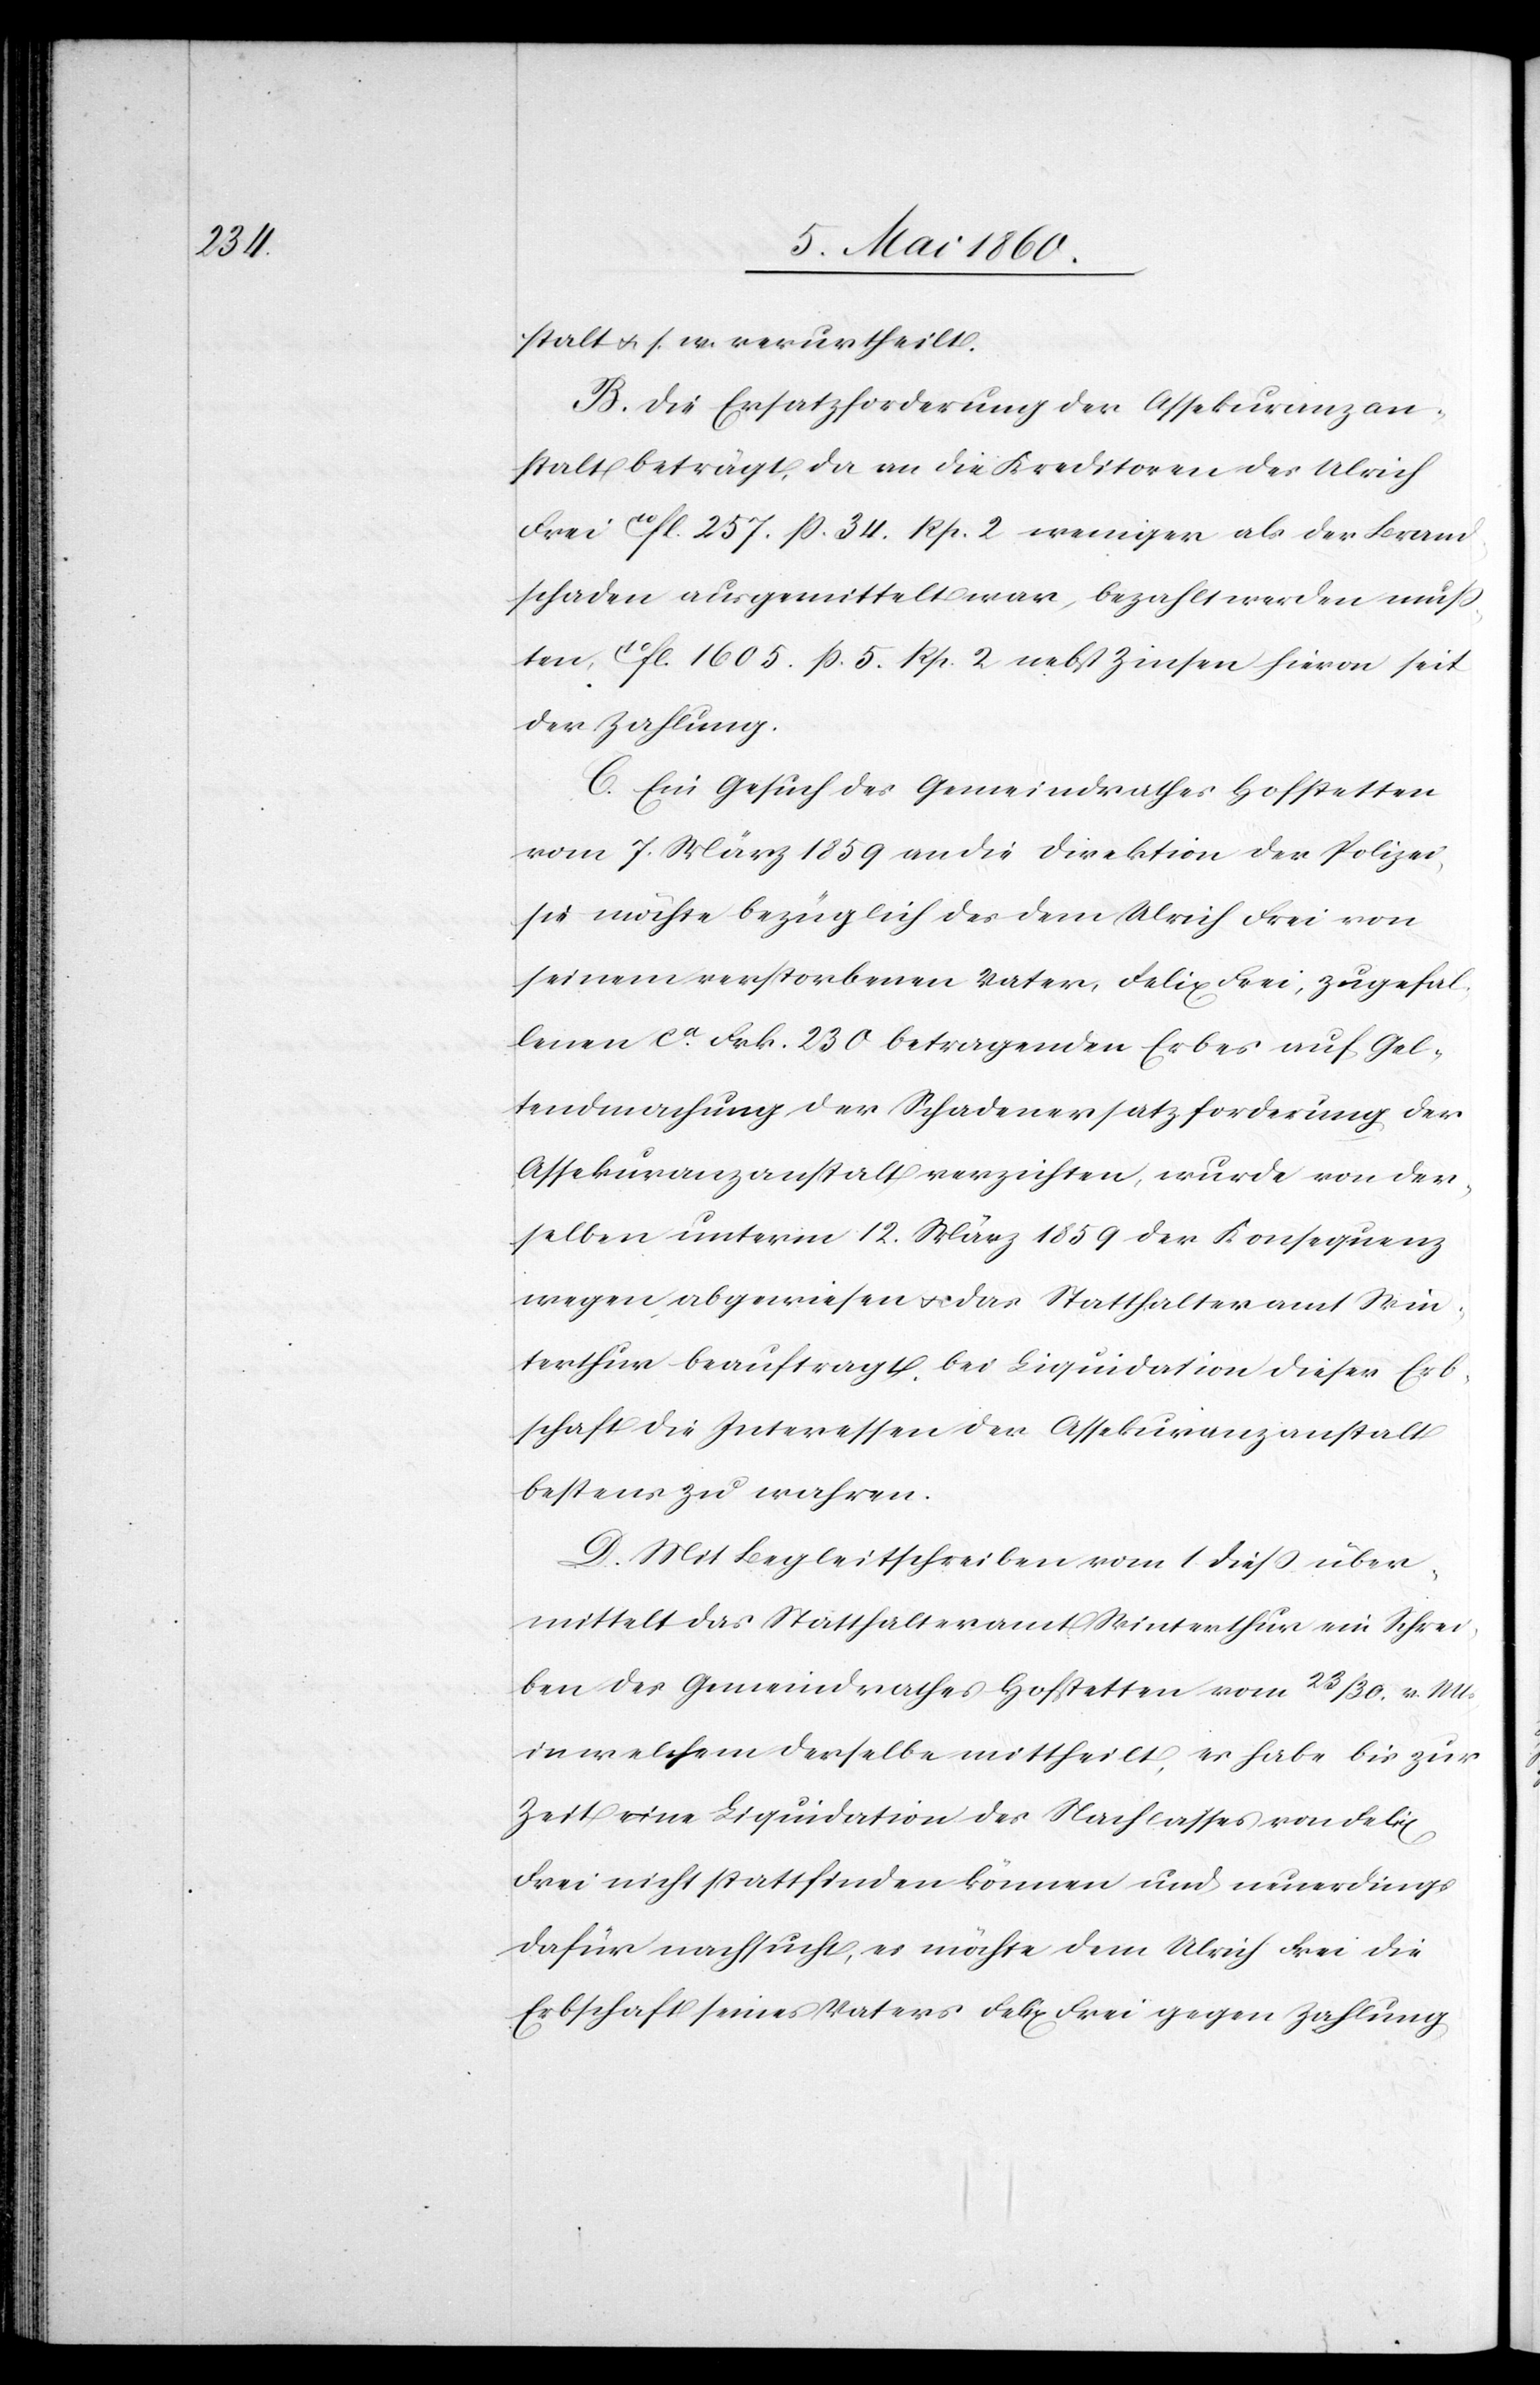
stalt u. s. w. verurtheilt.
B. Die Ersatzforderung der Assekuranzan¬
stalt beträgt, da an die Kreditoren des Ulrich
Frei 10fl. 257 ß. 34. Rp. 2 weniger als der Brand¬
schaden ausgemittelt war, bezahlt werden muß¬
ten, 10fl. 1605 ß. 5 Rp. 2 nebst Zinsen hievon seit
der Zahlung.
C. Ein Gesuch des Gemeindrathes Hofstetten
vom 7. März 1859 an die Direktion der Polizei,
sie möchte bezüglich des dem Ulrich Frei von
seinem verstorbenen Vater, Felix Frei, zugefal¬
lenen ca Frk. 230 betragenden Erbes auf Gel¬
tendmachung der Schadenersatzforderung der
Assekuranzanstalt verzichten, wurde von der¬
selben unterm 12. März 1859 der Konsequenz
wegen, abgewiesen u. das Statthalteramt Win¬
terthur beauftragt, bei Liquidation dieser Erb¬
schaft die Interessen der Assekuranzanstalt
bestens zu wahren.
D. Mit Begleitschreiben vom 1 diess über¬
mittelt das Statthalteramt Winterthur ein Schrei¬
ben des Gemeindrathes Hofstetten vom 23/30. v. M.
in welchem derselbe mittheilt, es habe bis zur
Zeit eine Liquidation des Nachlasses von Felix
Frei nicht stattfinden können und neuerdings
dafür nachsucht, es möchte dem Ulrich Frei die
Erbschaft seines Vaters Felix Frei gegen Zahlung